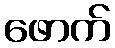
ဖောက်